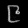
Digit: ၉